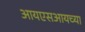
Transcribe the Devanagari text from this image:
आयएसआयच्या